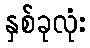
နှစ်ခုလုံး